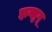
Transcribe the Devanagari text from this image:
झन्झुनू